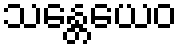
သန္တေယေဝ